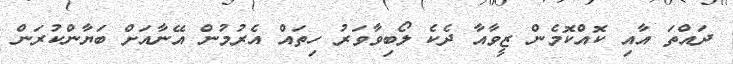
ދައްތަ އާއި ކޮއްކޮމެން ޒީވާއާ ދެކެ ލޯބިވާވަރު ހިތައް އެރުމުން އޭނާއަށް ބަޔާންކުރަން